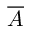
\overline { { A } }